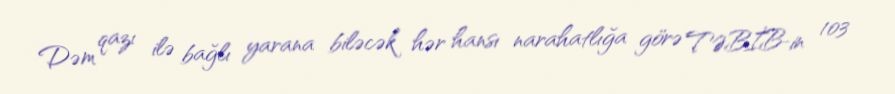
Dəm qazı ilə bağlı yarana biləcək hər hansı narahatlığa görə TƏBİB-in 103